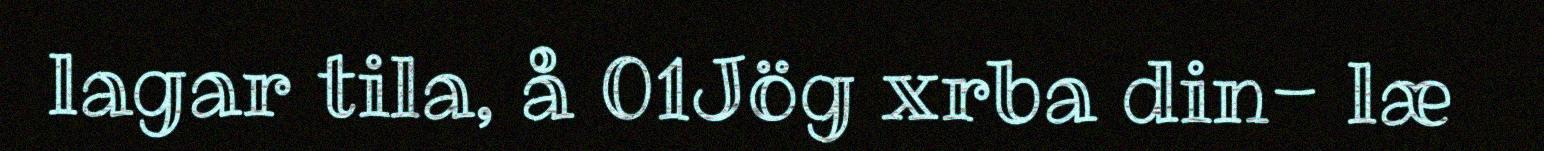
lagar tila, å 01Jög xrba din- læ